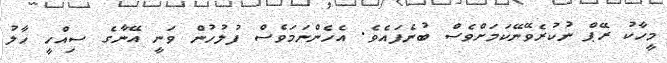
މީހާކު ރޭޕް ނުކުރެވޭނޭކަމަށްވެސް ބުނެފައެވެ. އެހެންނަމަވެސް ފުލުހުން ވަނީ އޭނާގެ ސިއްހީ ހާލު